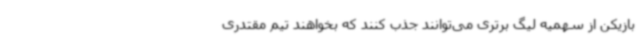
بازیکن از سهمیه لیگ برتری می‌توانند جذب کنند که بخواهند تیم مقتدری